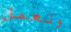
ونعمل